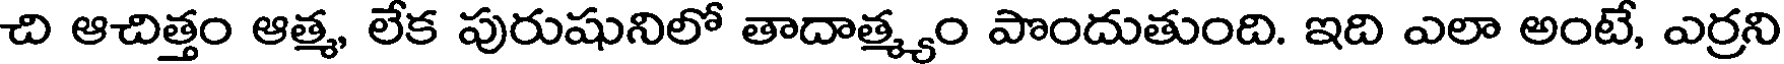
చి ఆచిత్తం ఆత్మ, లేక పురుషునిలో తాదాత్మ్యం పొందుతుంది. ఇది ఎలా అంటే, ఎర్రని